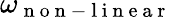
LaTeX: \omega_{\mathrm{~n~o~n~-~l~i~n~e~a~r~}}